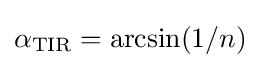
\alpha _{\rm {TIR}}=\arcsin(1/n)